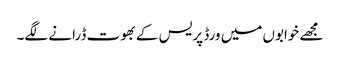
مجھے خوابوں میں ورڈ پریس کے بھوت ڈرانے لگے۔